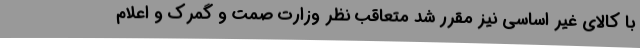
با کالای غیر اساسی نیز مقرر شد متعاقب نظر وزارت صمت و گمرک و اعلام